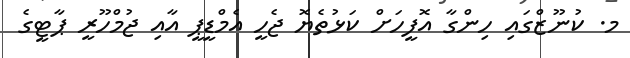
މ. ކުނޫޒްގައި ހިންގާ އޮފީހަށް ކަޅުތެޔޮ ޖެހީ އެމްޑީޕީ އާއި ޖުމްހޫރީ ޕާޓީގެ